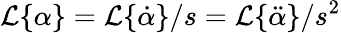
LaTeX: \mathcal{L}\{ \alpha\} =\mathcal{L}\{ \dot{\alpha}\} /s=\mathcal{L}\{ \ddot{\alpha}\} /s^{2}